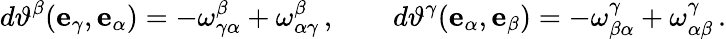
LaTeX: d\vartheta^{\beta}(\mathbf{e}_{\gamma},\mathbf{e}_{\alpha})=-\omega^{\beta}_{\gamma\alpha}+\omega^{\beta}_{\alpha\gamma}\, ,\qquad d\vartheta^{\gamma}(\mathbf{e}_{\alpha},\mathbf{e}_{\beta})=-\omega^{\gamma}_{\beta\alpha}+\omega^{\gamma}_{\alpha\beta}\, .